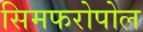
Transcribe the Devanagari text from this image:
सिमफरोपोल